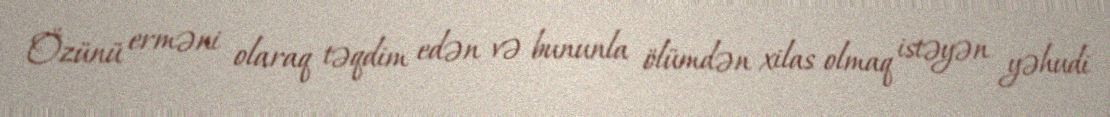
Özünü erməni olaraq təqdim edən və bununla ölümdən xilas olmaq istəyən yəhudi